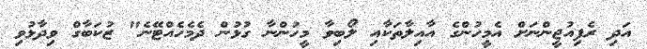
އަދި ރެފިއުޖީންނަށް އެމީހުންގެ އާއިލާތަކާއި ލޯބިވާ މީހުންނާ ގުޅުން ދެމެހެއްޓޭނެ" ޒުކަބާގް ވިދާޅުވި